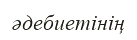
әдебиетінің